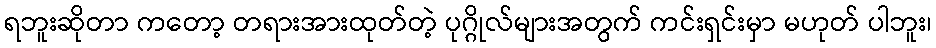
ရဘူးဆိုတာ ကတော့ တရားအားထုတ်တဲ့ ပုဂ္ဂိုလ်များအတွက် ကင်းရှင်းမှာ မဟုတ် ပါဘူး၊